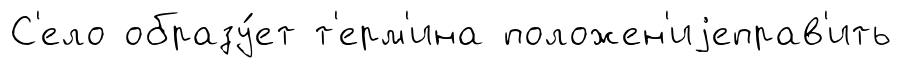
С'ело образу́ет т'ерм'ина положен'иjеправ'ить